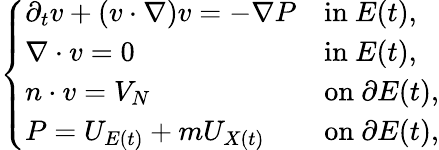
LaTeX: \begin{array}{r}{\left\{ \begin{array}{ll}{\partial_{t}v+(v\cdot\nabla)v=-\nabla P}&{\mathrm{in~}E(t),}\\ {\nabla\cdot v=0}&{\mathrm{in~}E(t),}\\ {n\cdot v=V_{N}}&{\mathrm{on~}\partial E(t),}\\ {P=U_{E(t)}+mU_{X(t)}}&{\mathrm{on~}\partial E(t),}\end{array}\right.}\end{array}